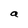
Character: a